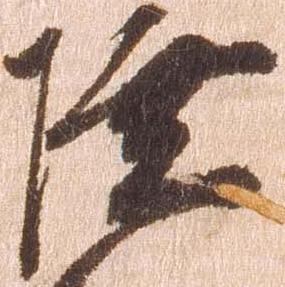
陸